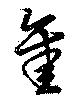
鑿